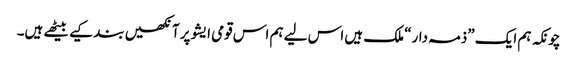
چونکہ ہم ایک ”ذمہ دار“ ملک ہیں اس لیے ہم اس قومی ایشو پرآنکھیں بند کیے بیٹھے ہیں۔